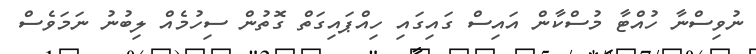
ނުވިސްނާ ހުއްޓާ މުސްކާން އައިސް ގައިގައި ހިއްޕައިގަތް ގޮތުން ސިހުމެއް ލިބުނު ނަމަވެސް